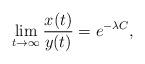
LaTeX: \begin{align*} \lim_{t\to\infty} \frac{x(t)}{y(t)} =e^{-\lambda C},\end{align*}